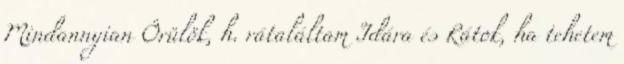
Mindannyian Örülök, h. rátaláltam Idára és Rátok, ha tehetem